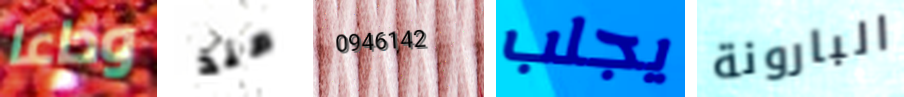
وداعا منذ 0946142 يجلب البارونة